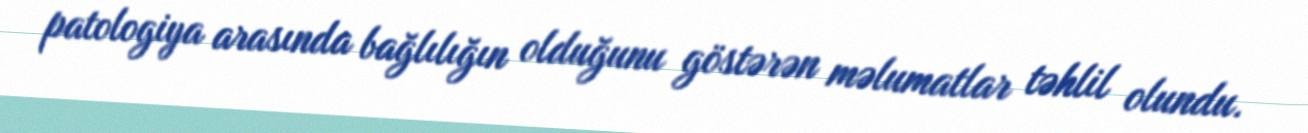
patologiya arasında bağlılığın olduğunu göstərən məlumatlar təhlil olundu.